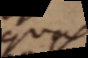
quas